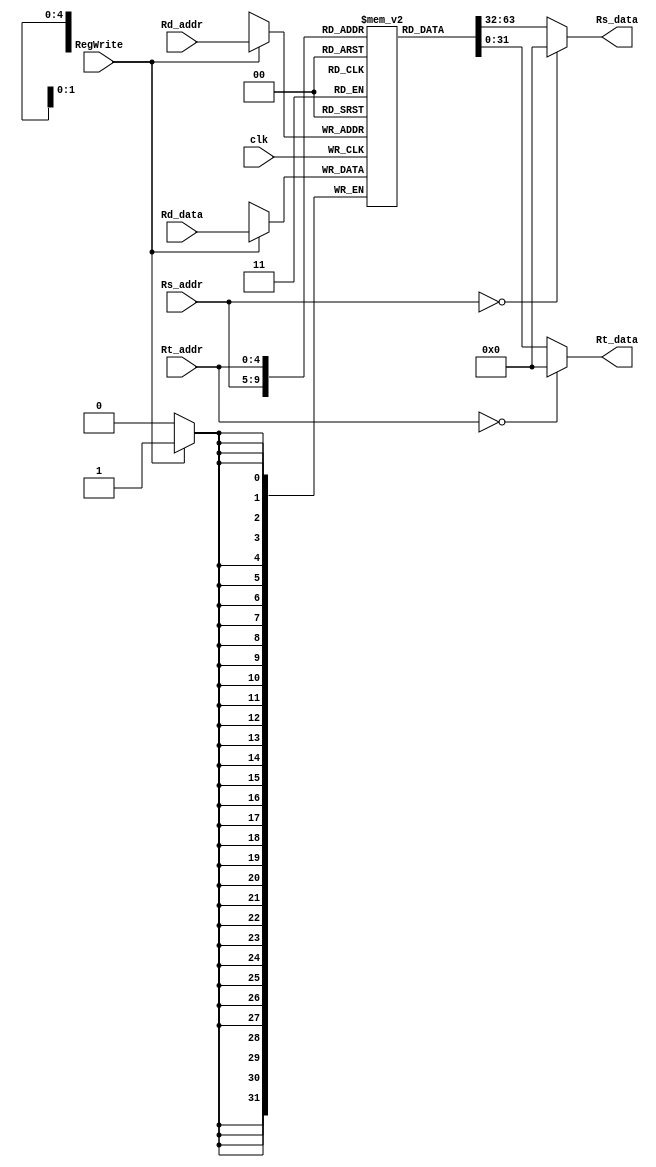
// UCA 2010
//=========================================================
// MIPS general purpose registers
//=========================================================

module Register_File(
    clk,
    Rs_addr,
    Rt_addr,
    Rd_addr, 
    Rd_data,
    RegWrite, 
    Rs_data, 
    Rt_data 
);

// Interface
input           clk;
input   [4:0]   Rs_addr;
input   [4:0]   Rt_addr;
input   [4:0]   Rd_addr;
input   [31:0]  Rd_data;
input           RegWrite;
output  [31:0]  Rs_data; 
output  [31:0]  Rt_data;

// Register file has 32 32-bit registers
reg     [31:0]  register    [0:31];

// Read Data      
assign  Rs_data = (Rs_addr == 5'b0) ? 32'b0 : register[Rs_addr];
assign  Rt_data = (Rt_addr == 5'b0) ? 32'b0 : register[Rt_addr];

// Write Data   
always @(posedge clk)
begin
    if(RegWrite)
        register[Rd_addr] <= Rd_data;
end
   
endmodule